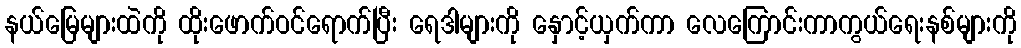
နယ်မြေများထဲကို ထိုးဖောက်ဝင်ရောက်ပြီး ရေဒါများကို နှောင့်ယှက်ကာ လေကြောင်းကာကွယ်ရေးနစ်များကို